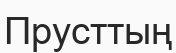
Прусттың